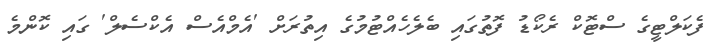
ފެކަލްޓީގެ ސްޓޮކް ރެކޯޑު ފޮތުގައި ބެލެހެއްޓުމުގެ އިތުރަށް 'އެމްއެސް އެކްސެލް' ގައި ކޮންމެ